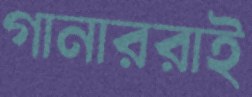
গানাররাই